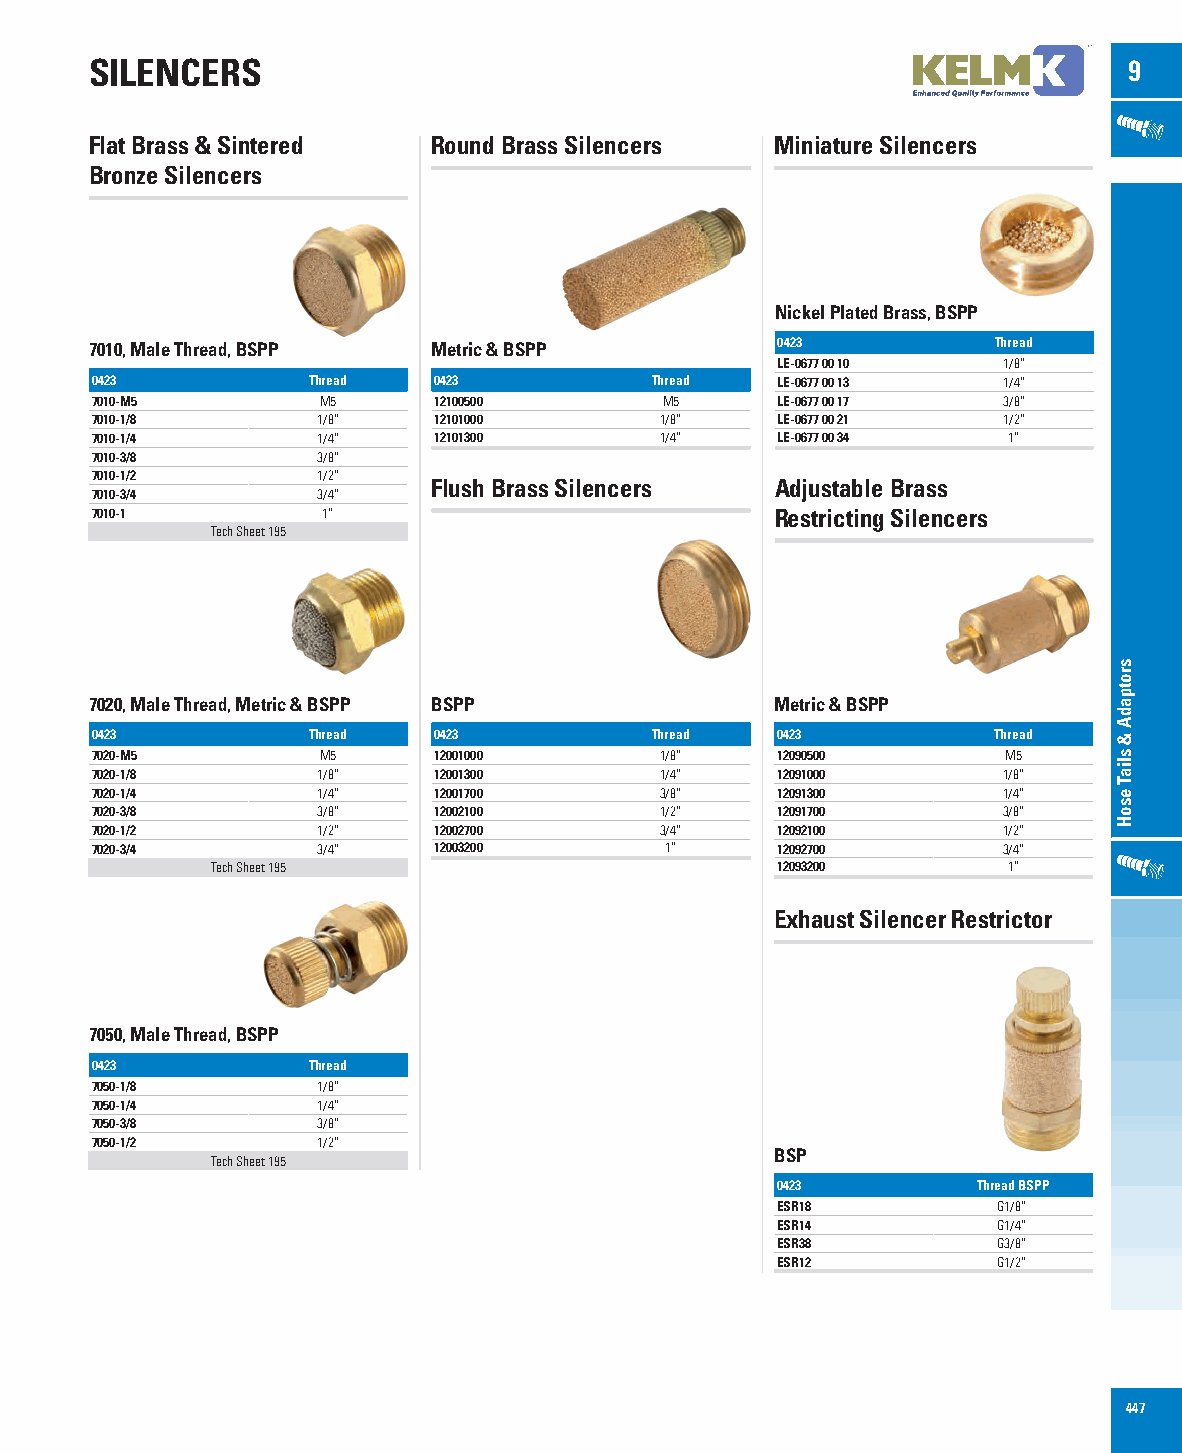
SILENCERS                                                            9
 Flat Brass & Sintered  Round Brass Silencers Miniature Silencers
 Bronze Silencers
 Nickel Plated Brass, BSPP
 7010, Male Thread, BSPP Metric & BSPP        0423           Thread
 LE-0677 00 10  1/8”
 0423          Thread   0423          Thread  LE-0677 00 13  1/4”
 7010-M5        M5      12100500       M5     LE-0677 00 17  3/8”
 7010-1/8       1/8”    12101000       1/8”   LE-0677 00 21  1/2”
 7010-1/4       1/4”    12101300       1/4”   LE-0677 00 34   1”
 7010-3/8       3/8”
 7010-1/2       1/2”
 Flush Brass Silencers Adjustable Brass
 7010-3/4       3/4”
 7010-1         1”                            Restricting Silencers
 Tech Sheet 195
 7020, Male Thread, Metric & BSPP BSPP        Metric & BSPP
 0423          Thread   0423          Thread  0423           Thread
 7020-M5        M5      12001000       1/8”   12090500        M5
 7020-1/8       1/8”    12001300       1/4”   12091000       1/8”
 7020-1/4       1/4”    12001700       3/8”   12091300       1/4”
 7020-3/8       3/8”    12002100       1/2”   12091700       3/8”
 7020-1/2       1/2”    12002700       3/4”   12092100       1/2”
 7020-3/4       3/4”    12003200       1”     12092700       3/4”
 Tech Sheet 195                       12093200        1”
 Exhaust Silencer Restrictor
 7050, Male Thread, BSPP
 0423          Thread
 7050-1/8       1/8”
 7050-1/4       1/4”
 7050-3/8       3/8”
 7050-1/2       1/2”
 BSP
 Tech Sheet 195
 0423          Thread BSPP
 ESR18          G1/8”
 ESR14          G1/4”
 ESR38          G3/8”
 ESR12          G1/2”
 447
 srotpadA
 &
 sliaT
 esoH